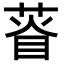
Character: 𦴔